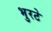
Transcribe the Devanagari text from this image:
भुरटे